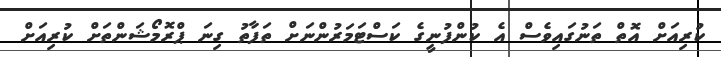
ކުރިއަށް އޮތް ތަނުގައިވެސް އެ ކުންފުނީގެ ކަސްޓަމަރުންނަށް ތަފާތު ގިނަ ޕްރޮމޯޝަންތަށް ކުރިއަށް